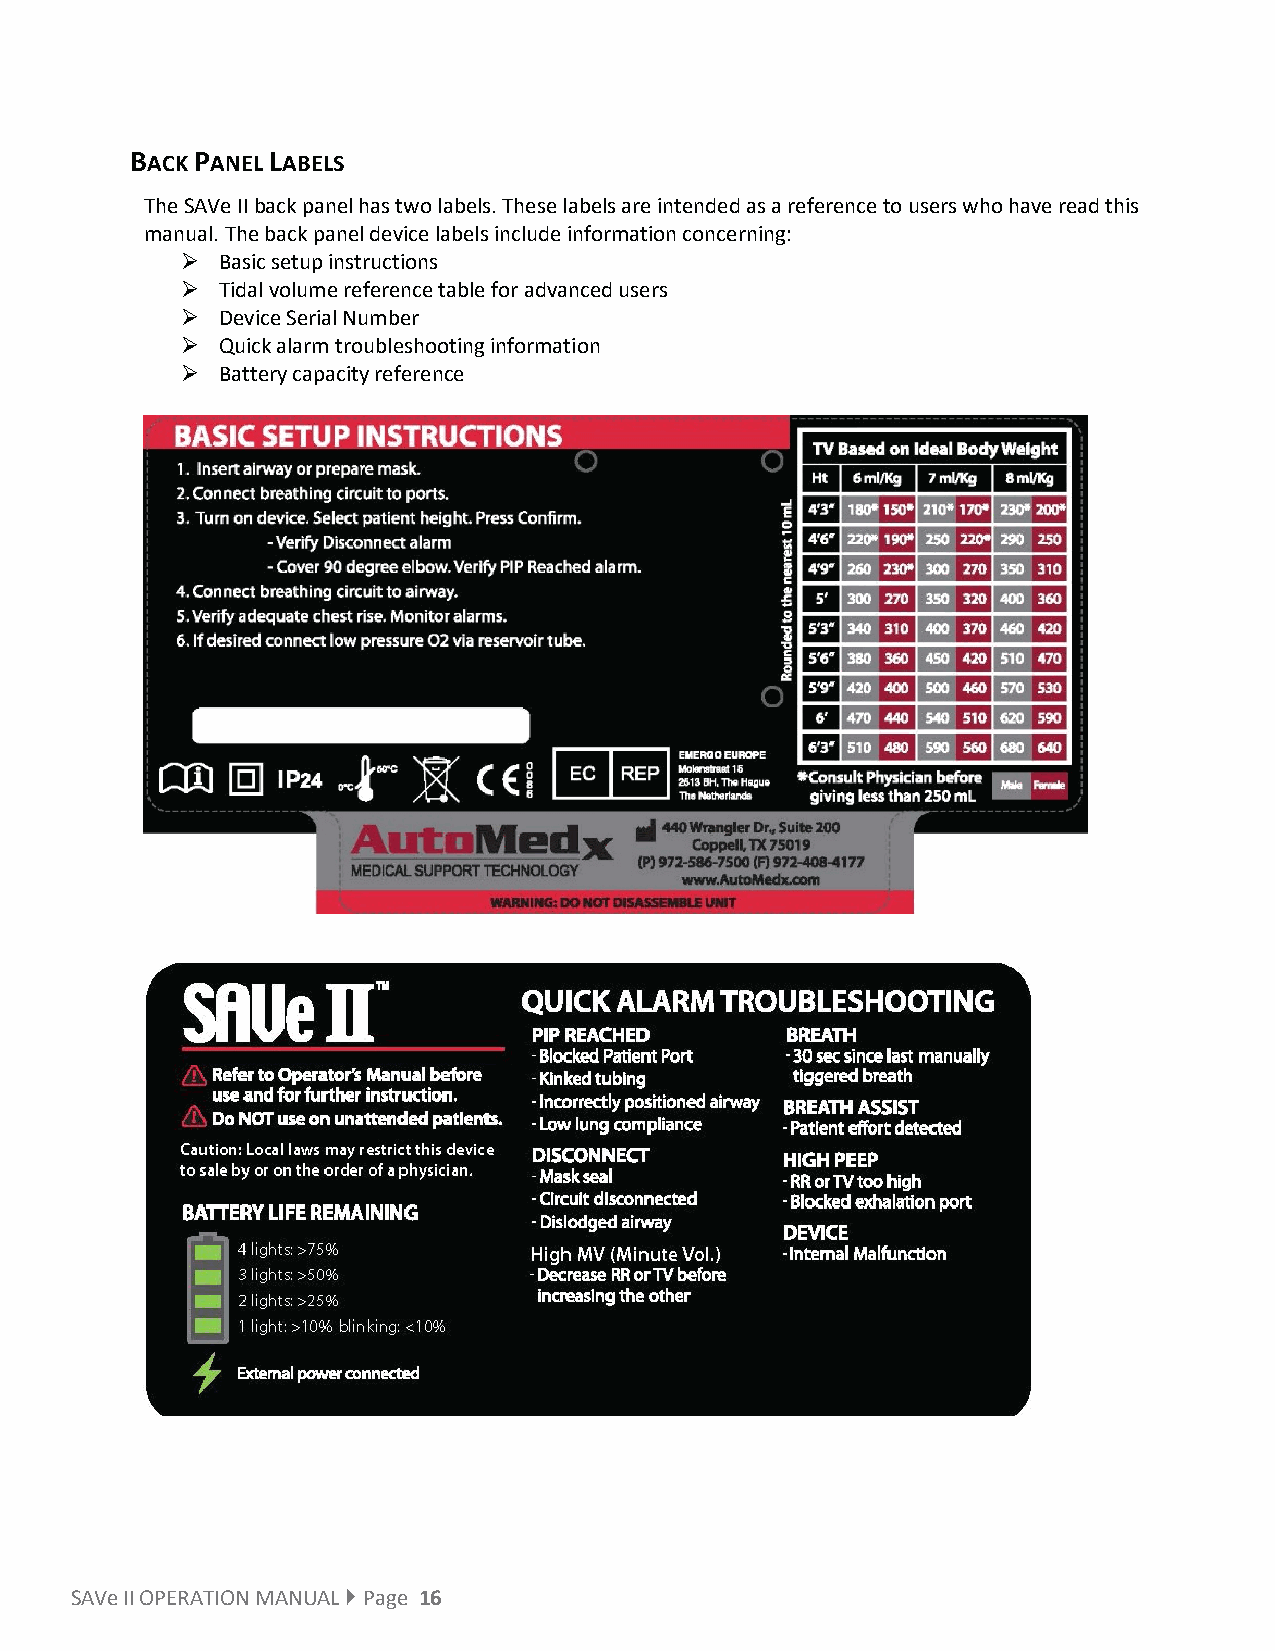
BACK PANEL LABELS
 The SAVe II back panel has two labels. These labels are intended as a reference to users who have read this
 manual. The back panel device labels include information concerning:
  Basic setup instructions
  Tidal volume reference table for advanced users
  Device Serial Number
  Quick alarm troubleshooting information
  Battery capacity reference
 SAVe II OPERATION MANUAL  Page 16